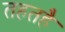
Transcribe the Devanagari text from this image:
तहतहै